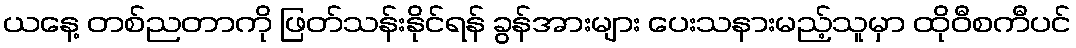
ယနေ့ တစ်ညတာကို ဖြတ်သန်းနိုင်ရန် ခွန်အားများ ပေးသနားမည့်သူမှာ ထိုဝီစကီပင်